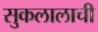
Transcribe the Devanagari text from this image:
सुकलालाची